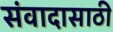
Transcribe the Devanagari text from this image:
संवादासाठी